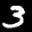
Label: 3